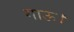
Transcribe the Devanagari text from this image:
गाऊ।